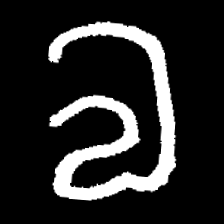
Pyu character \u2014 Myanmar letter: လ (romanized: la)